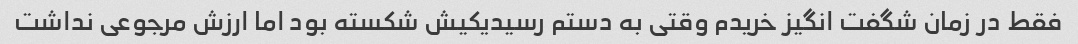
فقط در زمان شگفت انگیز خریدم وقتی به دستم رسیدیکیش شکسته بود اما ارزش مرجوعی نداشت